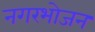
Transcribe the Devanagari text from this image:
नगरभोजन